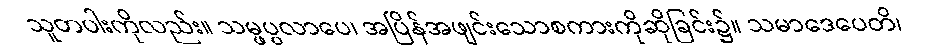
သူတပါးကိုလည်း။ သမ္ဖပ္ပလာပေ၊ အပြိန်အဖျင်းသောစကားကိုဆိုခြင်း၌။ သမာဒေပေတိ၊